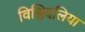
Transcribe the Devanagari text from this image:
विश्विदलिया